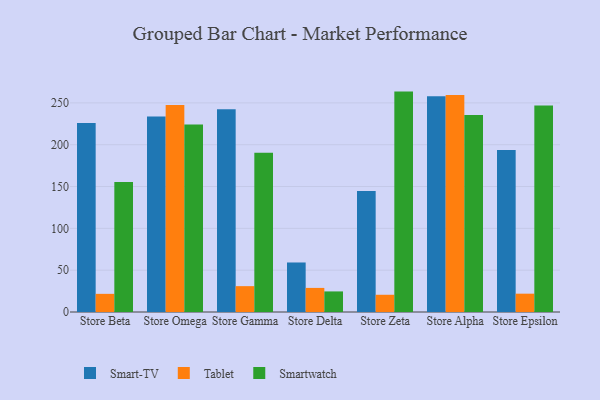
{"axis": {"x": "Store", "y": "LTV (USD)"}, "legend": ["Smart-TV", "Smartwatch", "Tablet"], "data": [{"x": "Store Beta", "y": 225.9, "type": "Smart-TV"}, {"x": "Store Beta", "y": 21.7, "type": "Tablet"}, {"x": "Store Beta", "y": 155.5, "type": "Smartwatch"}, {"x": "Store Omega", "y": 233.7, "type": "Smart-TV"}, {"x": "Store Omega", "y": 247.5, "type": "Tablet"}, {"x": "Store Omega", "y": 224.2, "type": "Smartwatch"}, {"x": "Store Gamma", "y": 242.5, "type": "Smart-TV"}, {"x": "Store Gamma", "y": 30.9, "type": "Tablet"}, {"x": "Store Gamma", "y": 190.4, "type": "Smartwatch"}, {"x": "Store Delta", "y": 59.2, "type": "Smart-TV"}, {"x": "Store Delta", "y": 28.8, "type": "Tablet"}, {"x": "Store Delta", "y": 24.6, "type": "Smartwatch"}, {"x": "Store Zeta", "y": 144.7, "type": "Smart-TV"}, {"x": "Store Zeta", "y": 20.6, "type": "Tablet"}, {"x": "Store Zeta", "y": 263.5, "type": "Smartwatch"}, {"x": "Store Alpha", "y": 258.0, "type": "Smart-TV"}, {"x": "Store Alpha", "y": 259.3, "type": "Tablet"}, {"x": "Store Alpha", "y": 235.6, "type": "Smartwatch"}, {"x": "Store Epsilon", "y": 193.7, "type": "Smart-TV"}, {"x": "Store Epsilon", "y": 21.9, "type": "Tablet"}, {"x": "Store Epsilon", "y": 246.8, "type": "Smartwatch"}]}